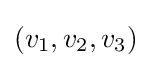
(v_{1},v_{2},v_{3})